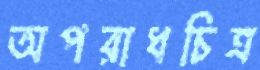
অপরাধচিত্র